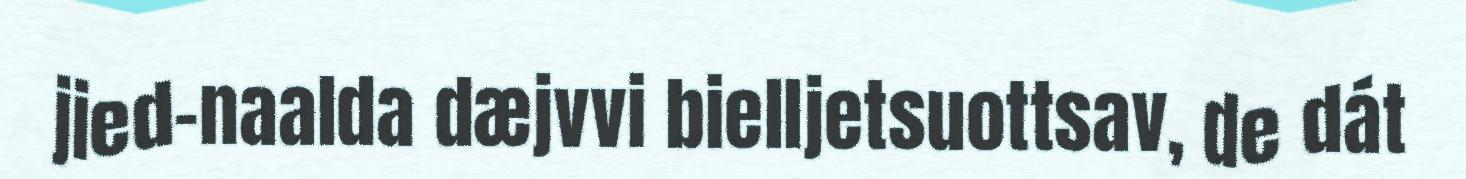
jied-naalda dæjvvi bielljetsuottsav, de dát